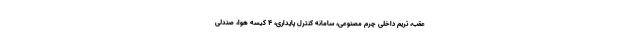
عقب، تریم داخلی چرم مصنوعی، سامانه کنترل پایداری، ۴ کیسه هوا، صندلی